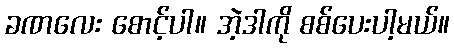
ခဏလေး စောင့်ပါ။ အဲ့ဒါကို စစ်ပေးပါ့မယ်။